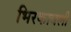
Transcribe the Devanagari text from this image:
भिरकावली